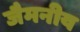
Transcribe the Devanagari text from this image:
जैमनीय